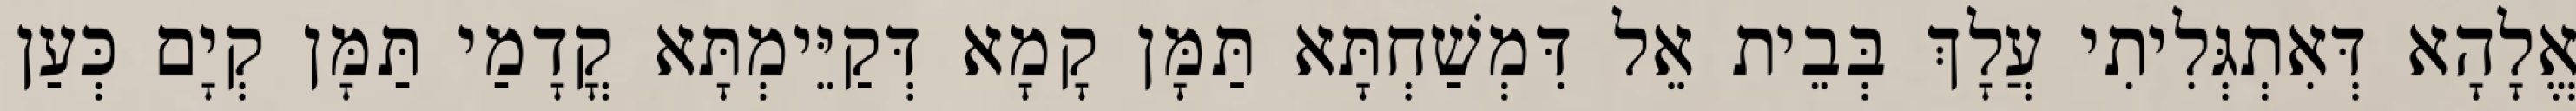
אֱלָהָא דְּאִתְגְּלִיתִי עֲלָךְ בְּבֵית אֵל דִּמְשַׁחְתָּא תַּמָּן קָמָא דְּקַיֵּימְתָּא קֳדָמַי תַּמָּן קְיָם כְּעַן